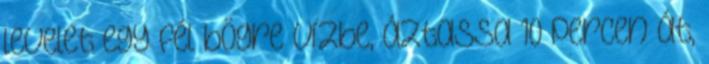
levelet egy fél bögre vízbe, áztassa 10 percen át,